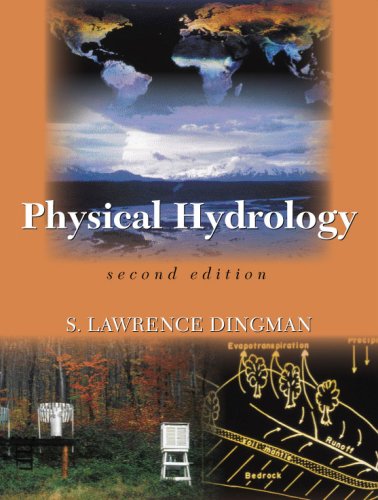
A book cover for Physical Hydrology, Second Edition; S. Lawrence Dingman; Science & Math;